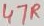
Text: 47R